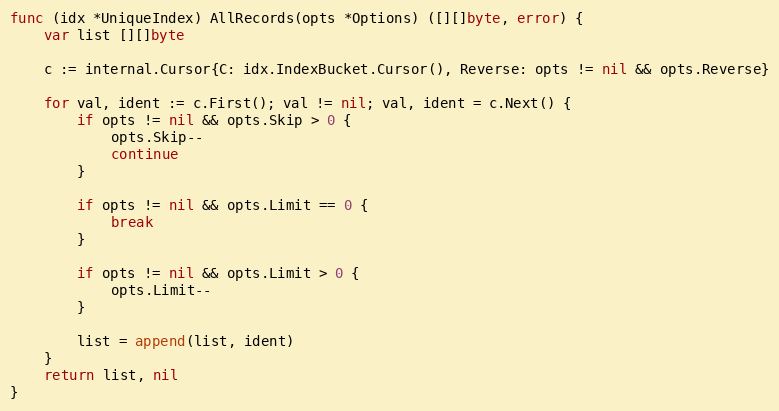
Language: Go
func (idx *UniqueIndex) AllRecords(opts *Options) ([][]byte, error) {
	var list [][]byte

	c := internal.Cursor{C: idx.IndexBucket.Cursor(), Reverse: opts != nil && opts.Reverse}

	for val, ident := c.First(); val != nil; val, ident = c.Next() {
		if opts != nil && opts.Skip > 0 {
			opts.Skip--
			continue
		}

		if opts != nil && opts.Limit == 0 {
			break
		}

		if opts != nil && opts.Limit > 0 {
			opts.Limit--
		}

		list = append(list, ident)
	}
	return list, nil
}